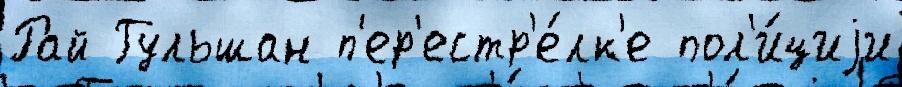
Рай Гульшан п'ер'естр'е́лк'е пол'и́циjи